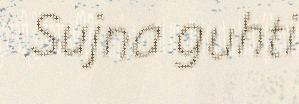
Sujna guhti